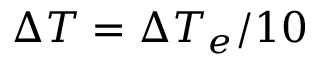
\Delta T = \Delta T _ { e } / 1 0